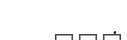
.